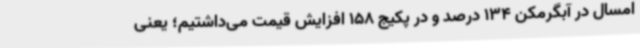
امسال در آبگرمکن 134 درصد و در پکیج 158 افزایش قیمت می‌داشتیم؛ یعنی